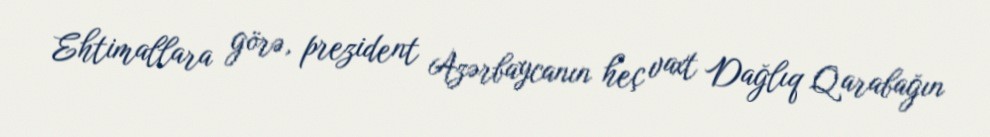
Ehtimallara görə, prezident Azərbaycanın heç vaxt Dağlıq Qarabağın